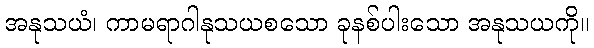
အနုသယံ၊ ကာမရာဂါနုသယစသော ခုနစ်ပါးသော အနုသယကို။